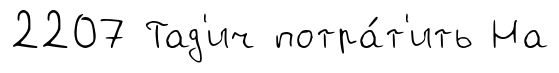
2207 Тад'ич потра́т'ить На